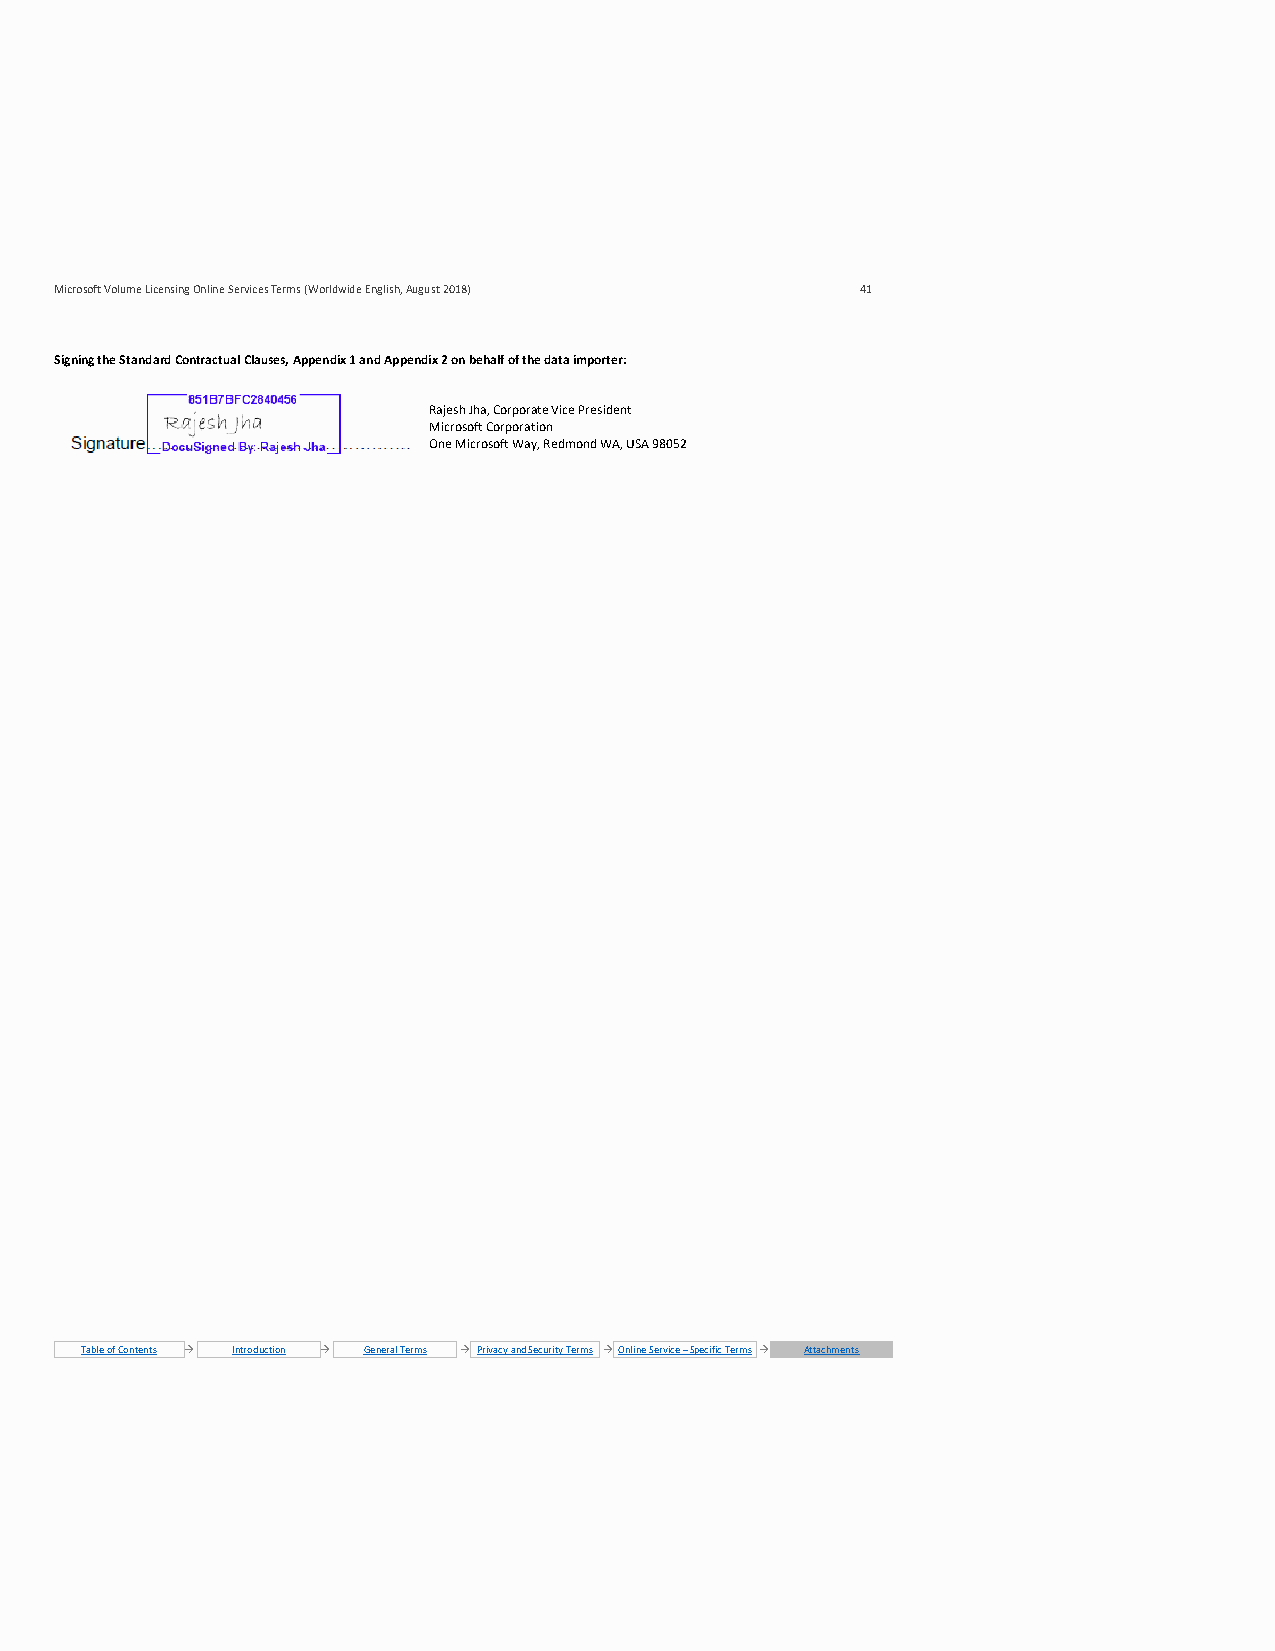
Microsoft Volume Licensing Online Services Terms (Worldwide English, August 2018) 41
 Signing the Standard Contractual Clauses, Appendix 1 and Appendix 2 on behalf of the data importer:
 Rajesh Jha, Corporate Vice President
 Microsoft Corporation
 One Microsoft Way, Redmond WA, USA 98052
 Table of Contents → Introduction → General Terms → Privacy and Security Terms → Online Service – Specific Terms → Attachments